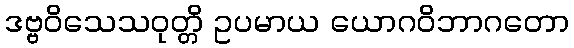
ဒဗ္ဗဝိသေသဝုတ္တိ ဥပမာယ ယောဂဝိဘာဂတော